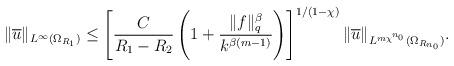
LaTeX: \begin{align*} \|\overline{u}\|_{L^\infty(\Omega_{R_1})}\le \left[\frac{C}{R_1-R_2}\left(1+\frac{\|f\|_q^\beta}{k^{\beta(m-1)}}\right)\right]^{1/(1-\chi)}\|\overline{u}\|_{L^{m\chi^{n_0}}(\Omega_{R_{n_0}})}.\end{align*}